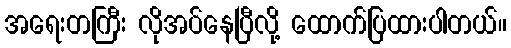
အရေးတကြီး လိုအပ်နေပြီလို့ ထောက်ပြထားပါတယ်။